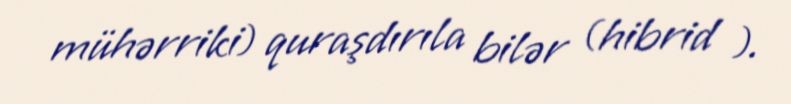
mühərriki) quraşdırıla bilər (hibrid ).